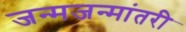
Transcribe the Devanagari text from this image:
जन्मजन्मांतरी